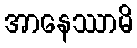
အာနေဿာမိ